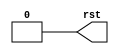
`timescale 1ns/1ps

module rst (
    output  reg rst
);

initial begin
    rst = 1'h1;
    #2
    rst = 1'h0;
end

endmodule